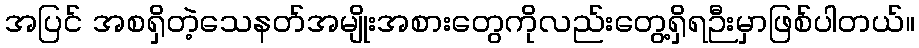
အပြင် အစရှိတဲ့သေနတ်အမျိုးအစားတွေကိုလည်းတွေ့ရှိရဉီးမှာဖြစ်ပါတယ်။